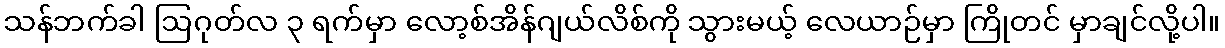
သန်ဘက်ခါ ဩဂုတ်လ ၃ ရက်မှာ လော့စ်အိန်ဂျယ်လိစ်ကို သွားမယ့် လေယာဉ်မှာ ကြိုတင် မှာချင်လို့ပါ။